Scientific memoirs by medical officers of the Army of India - Part IX,
Year: 1895
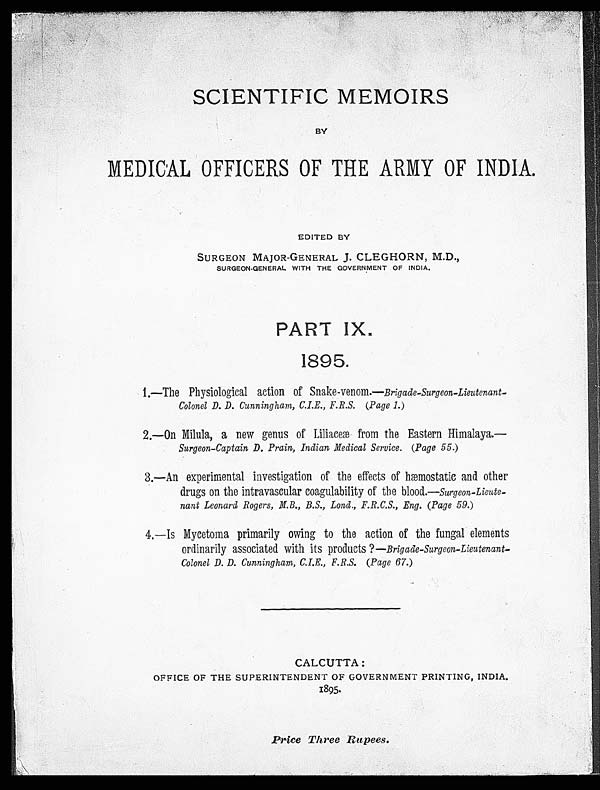
SCIENTIFIC MEMOIRS
BY
MEDICAL OFFICERS OF THE ARMY OF INDIA.
EDITED BY
SURGEON MAJOR-GENERAL J. CLEGHORN, M.D.,
SURGEON-GENERAL WITH THE GOVERNMENT OF INDIA.
1895.
1.—The Physiological action of Snake-venom.— Brigade-Surgeon-Lieutenant-
Colonel D. D. Cunningham, C.I.E., F.R.S. (Page 1.)
2.—On Milula, a new genus of Liliaceæ from the Eastern Himalaya.
—
Surgeon-Captain D. Prain, Indian Medical Service. (Page 55.)
3.—An experimental investigation of the effects of hæmostatic and other
drugs on the intravascular coagulability of the blood. —Surgeon-Lieute-
nant Leonard Rogers, M.B., B.S., Lond., F.R.C.S., Eng. (Page 59.)
4.—Is Mycetoma primarily owing to the action of the fungal elements
ordinarily associated with its products?— Brigade-Surgeon-Lieutenant-
Colonel D. D. Cunningham, C.I.E., F.R.S. (Page 67.)
CALCUTTA:
OFFICE OF THE SUPERINTENDENT OF GOVERNMENT PRINTING, INDIA.
1895.
Price Three Rupees.